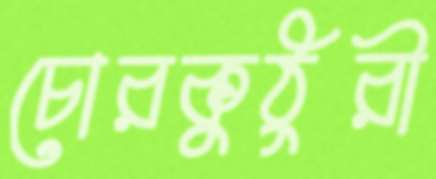
চোরকুঠুরী